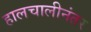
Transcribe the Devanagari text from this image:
हालचालीनंतर